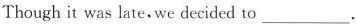
Though it was late, we deided to ___.